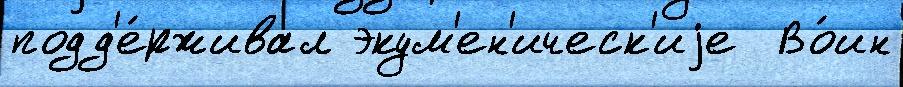
подд'е́рживал экум'ен'ическ'иjе  Во́ин